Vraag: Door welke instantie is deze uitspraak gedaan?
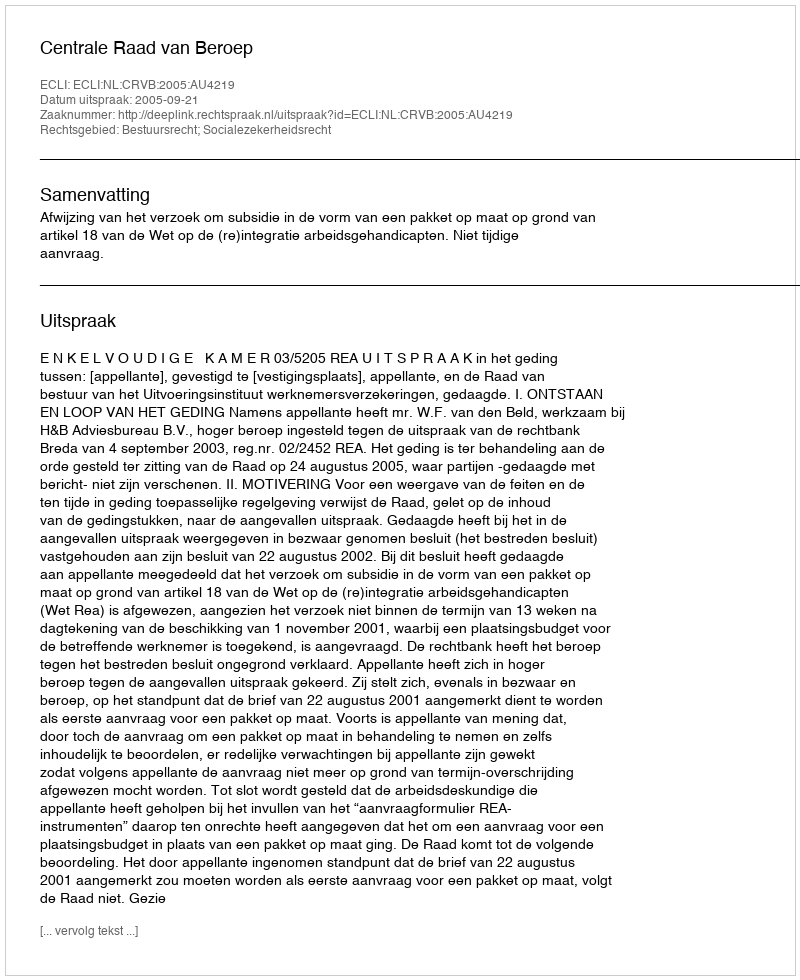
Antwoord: Centrale Raad van Beroep